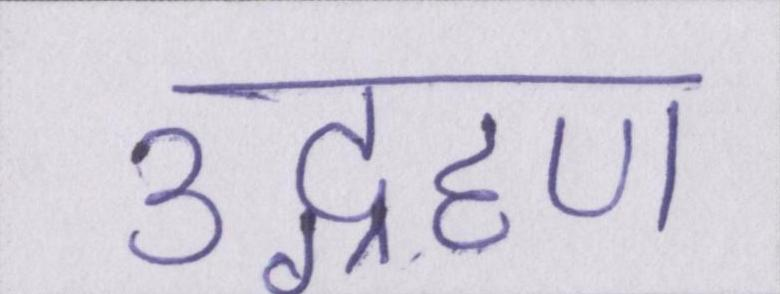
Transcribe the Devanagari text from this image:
उद्ग्रहण